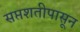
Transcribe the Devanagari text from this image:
सप्तशतीपासून